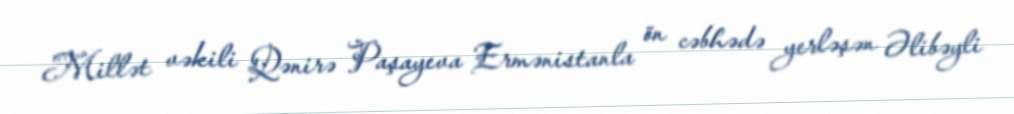
Millət vəkili Qənirə Paşayeva Ermənistanla ön cəbhədə yerləşən Əlibəyli